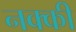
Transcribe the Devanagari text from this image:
नक्‍की